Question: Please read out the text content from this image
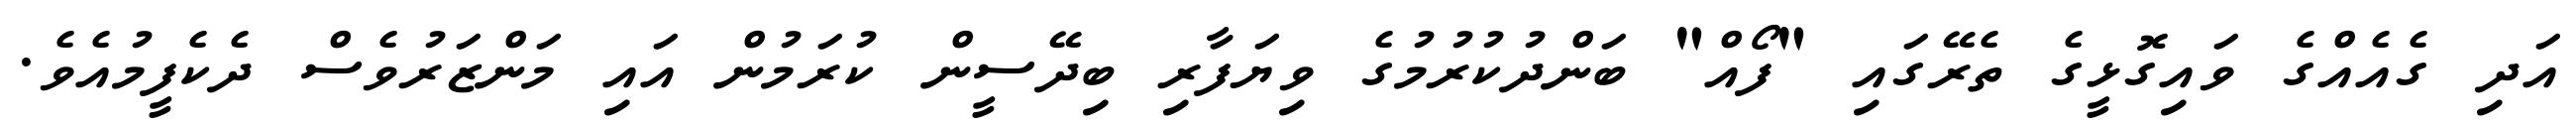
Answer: އަދި ގެއެއްގެ ވައިގޮޅީގެ ތެރޭގައި "ފޯއް" ބަންދުކުރުމުގެ ވިޔަފާރި ބިދޭސީން ކުރަމުން އައި މަންޒަރުވެސް ދެކެފީމުއެވެ.